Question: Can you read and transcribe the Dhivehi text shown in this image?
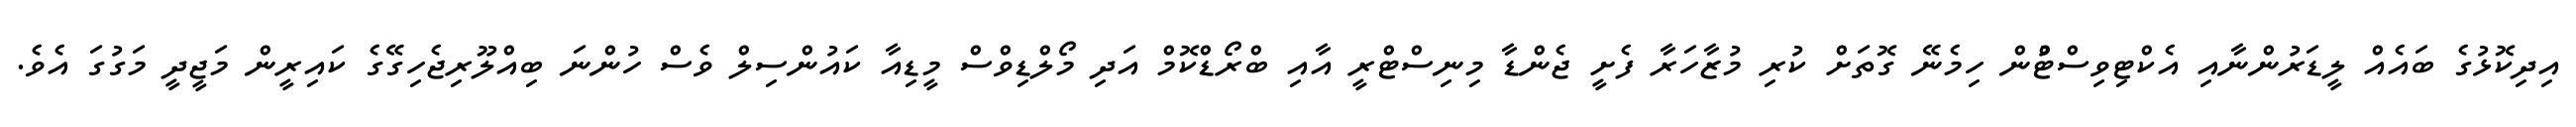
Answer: އިދިކޮޅުގެ ބައެއް ލީޑަރުންނާއި އެކްޓިވިސްޓްުން ހިމެނޭ ގޮތަށް ކުރި މުޒާހަރާ ފެށީ ޖެންޑާ މިނިސްޓްރީ އާއި ބްރޯޑްކޮމް އަދި މޯލްޑިވްސް މީޑިއާ ކައުންސިލް ވެސް ހުންނަ ބިއްލޫރިޖެހިގޭގެ ކައިރީން މަޖީދީ މަގުގަ އެވެ.